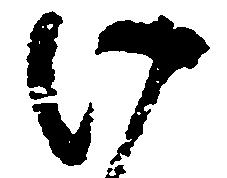
け